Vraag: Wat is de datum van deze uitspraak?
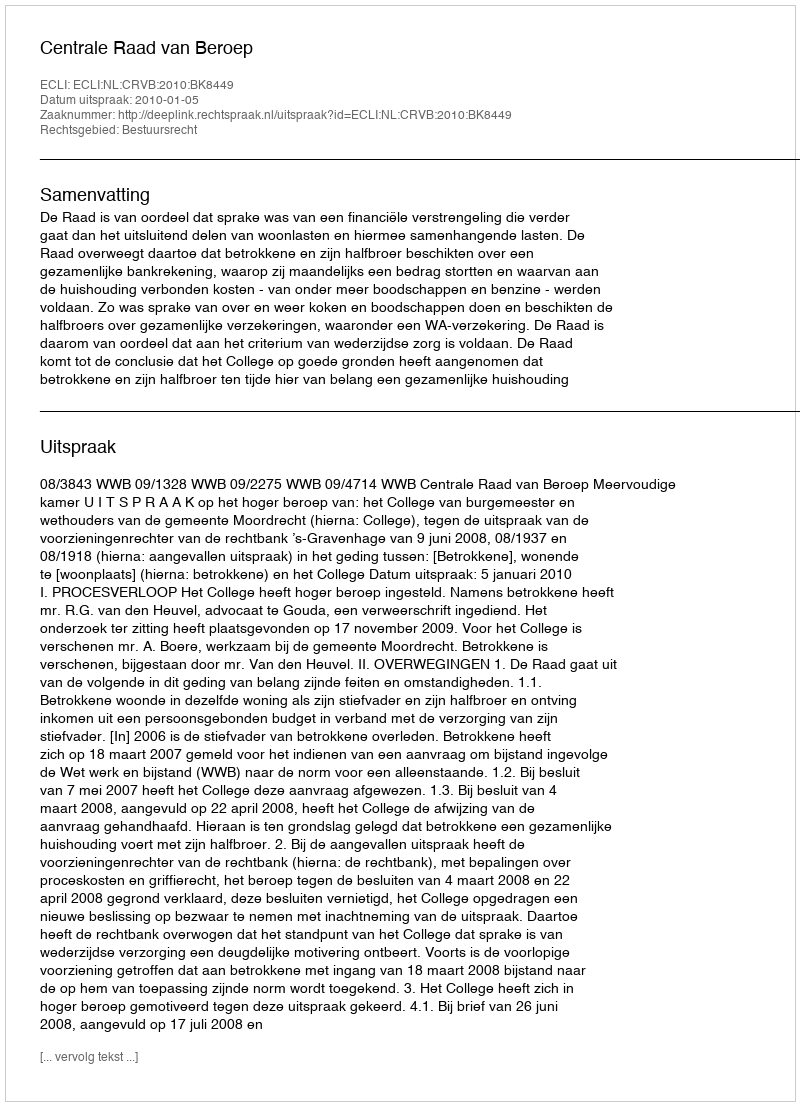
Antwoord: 2010-01-05